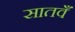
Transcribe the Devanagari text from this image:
सातवँ